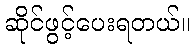
ဆိုင်ဖွင့်ပေးရတယ်။